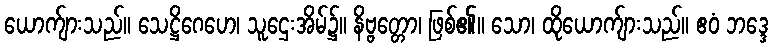
ယောက်ျားသည်။ သေဋ္ဌိဂေဟေ၊ သူဌေးအိမ်၌။ နိဗ္ဗတ္တော၊ ဖြစ်၏။ သော၊ ထိုယောက်ျားသည်။ ဧဝံ ဘဒ္ဒေ